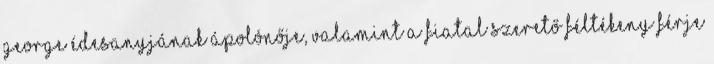
George édesanyjának ápolónője, valamint a fiatal szerető féltékeny férje